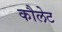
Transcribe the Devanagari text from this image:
कौलेट